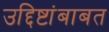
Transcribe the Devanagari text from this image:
उद्दिष्टांबाबत